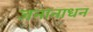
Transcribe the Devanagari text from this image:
जनानाधन